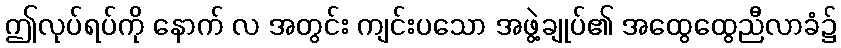
ဤလုပ်ရပ်ကို နောက် လ အတွင်း ကျင်းပသော အဖွဲ့ချုပ်၏ အထွေထွေညီလာခံ၌